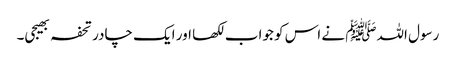
رسول اللہﷺ نے اس کو جواب لکھا اور ایک چادر تحفہ بھیجی۔